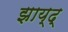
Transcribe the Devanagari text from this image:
झाय्द्